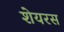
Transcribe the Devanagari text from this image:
शेयरस